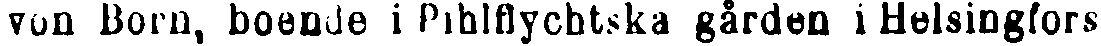
von Born, boende i Pihlflychtska gården l Helsingfors.